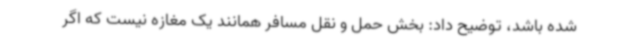
شده باشد، توضیح داد: بخش حمل و نقل مسافر همانند یک مغازه نیست که اگر